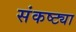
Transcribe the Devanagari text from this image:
संकष्ट्या